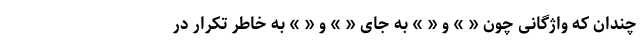
چندان که واژگانی چون « » و « » به جای « » و « » به خاطر تکرار در